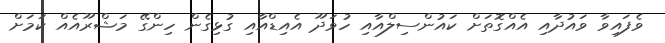
ވެފައިވާ ވައުދާއި އެއްގޮތަށް ކައުންސިލްއާއި ހުވަދޫ އެއިޑްއާއި ގުޅިގެން ހިންގޭ މަޝްރޫއެއް ކަމަށް